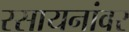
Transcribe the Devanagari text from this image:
रसायनांवर